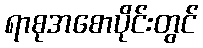
ရာစုအစောပိုင်းတွင်